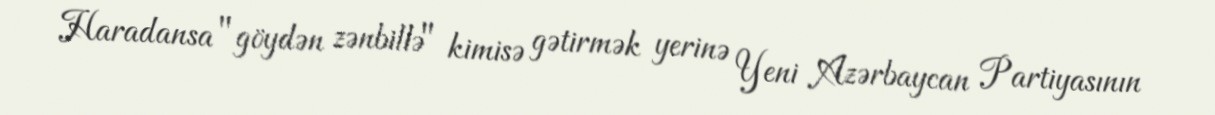
Haradansa "göydən zənbillə" kimisə gətirmək yerinə Yeni Azərbaycan Partiyasının